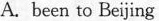
A. been to Beijing